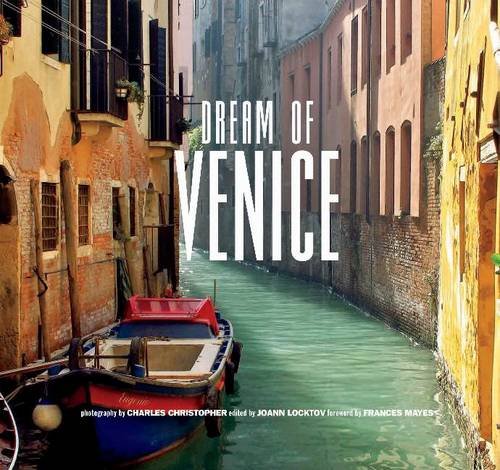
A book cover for Dream of Venice; Arts & Photography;